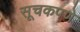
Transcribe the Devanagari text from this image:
सूचकपणे